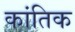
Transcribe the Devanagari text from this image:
कांतिक